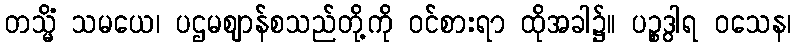
တသ္မိံ သမယေ၊ ပဌမဈာန်စသည်တို့ကို ဝင်စားရာ ထိုအခါ၌။ ပဉ္စဒွါရ ဝသေန၊